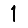
Digit: 1